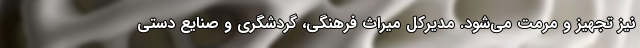
نیز تجهیز و مرمت می‌شود. مدیرکل میراث فرهنگی، گردشگری و صنایع دستی